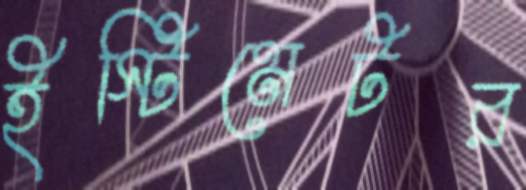
ইস্টিমেটর